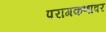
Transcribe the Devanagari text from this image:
परागकणांवर